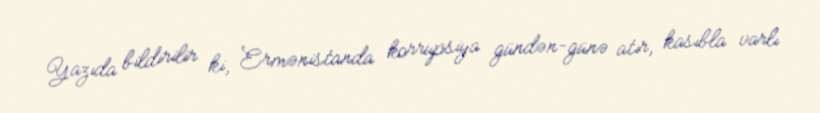
Yazıda bildirilir ki, Ermənistanda korrupsiya gündən-günə atır, kasıbla varlı